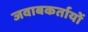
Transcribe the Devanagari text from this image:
जवाबकर्तायों